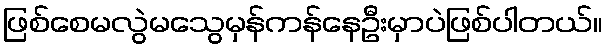
ဖြစ်စေမလွဲမသွေမှန်ကန်နေဦးမှာပဲဖြစ်ပါတယ်။